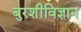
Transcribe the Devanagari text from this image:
बुरशीविज्ञान